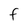
Character: f